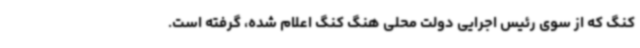
کنگ که از سوی رئیس اجرایی دولت محلی هنگ کنگ اعلام شده، گرفته است.